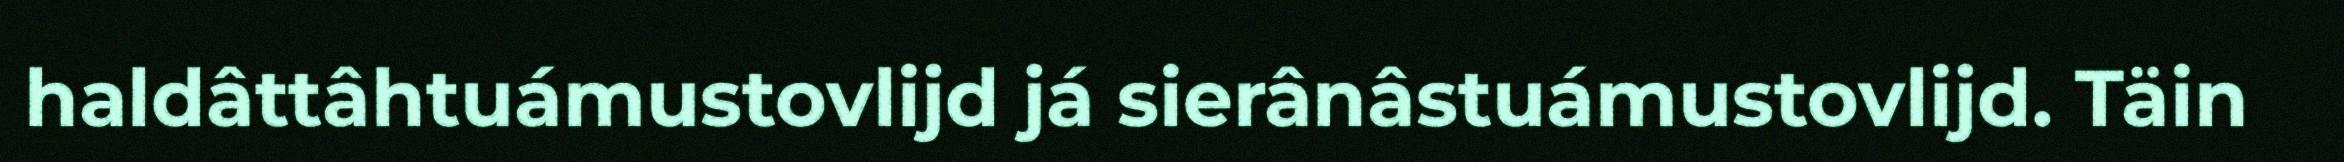
haldâttâhtuámustovlijd já sierânâstuámustovlijd. Täin